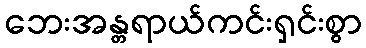
ဘေးအန္တရာယ်ကင်းရှင်းစွာ